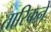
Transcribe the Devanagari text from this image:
तारिकने